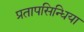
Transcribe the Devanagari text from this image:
प्रतापसिन्धिया